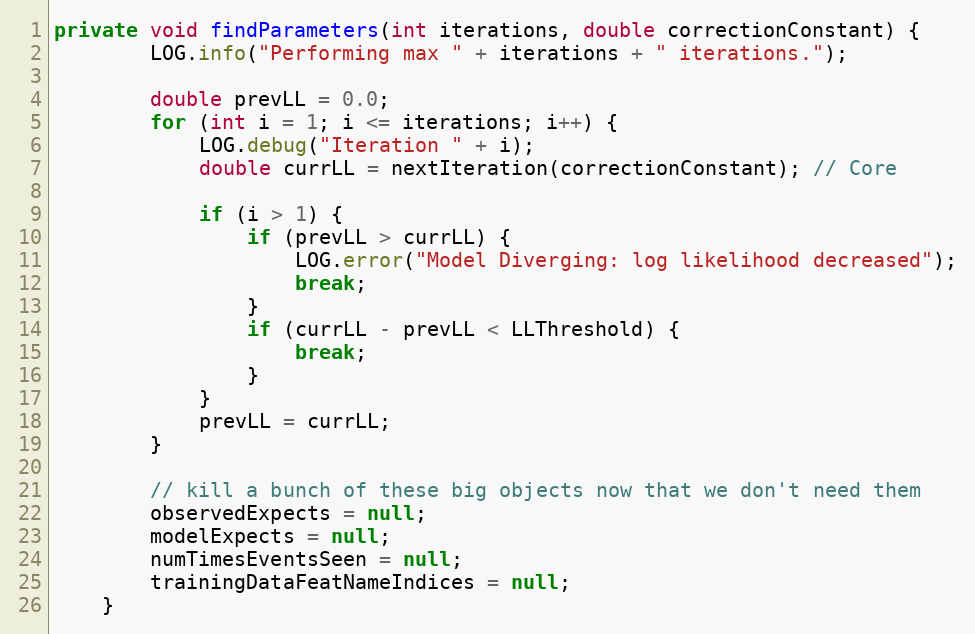
Language: Java
private void findParameters(int iterations, double correctionConstant) {
        LOG.info("Performing max " + iterations + " iterations.");

        double prevLL = 0.0;
        for (int i = 1; i <= iterations; i++) {
            LOG.debug("Iteration " + i);
            double currLL = nextIteration(correctionConstant); // Core

            if (i > 1) {
                if (prevLL > currLL) {
                    LOG.error("Model Diverging: log likelihood decreased");
                    break;
                }
                if (currLL - prevLL < LLThreshold) {
                    break;
                }
            }
            prevLL = currLL;
        }

        // kill a bunch of these big objects now that we don't need them
        observedExpects = null;
        modelExpects = null;
        numTimesEventsSeen = null;
        trainingDataFeatNameIndices = null;
    }